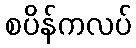
စပိန်ကလပ်